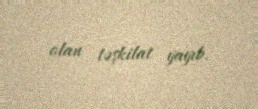
olan təşkilat yayıb.